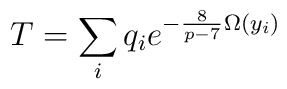
T = \sum_i q_i e^{-\frac{8}{p-7}\Omega(y_i)}